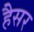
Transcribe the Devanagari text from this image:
हैैसर